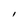
Character: l